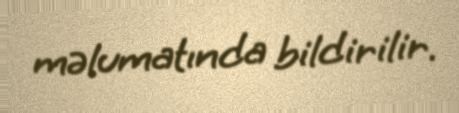
məlumatında bildirilir.